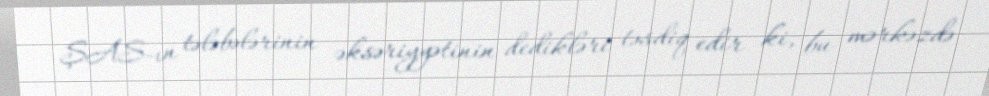
ŞAS-ın tələbələrinin əksəriyyətinin dedikləri təsdiq edir ki, bu mərkəzdə